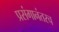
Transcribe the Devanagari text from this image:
प्रसंगानंतरच